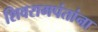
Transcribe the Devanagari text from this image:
शिवरामपंतांना